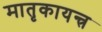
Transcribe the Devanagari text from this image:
मातृकायन्त्र